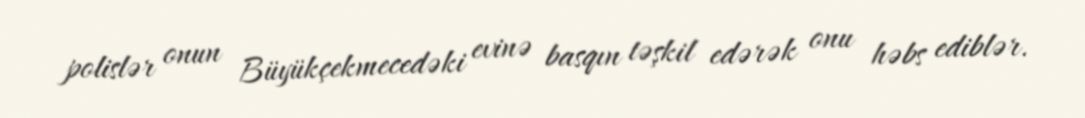
polislər onun Büyükçekmecedəki evinə basqın təşkil edərək onu həbs ediblər.